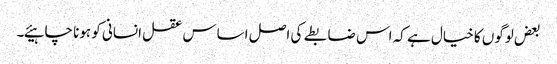
بعض لوگوں کا خیال ہے کہ اس ضابطے کی اصل اساس عقل انسانی کو ہونا چاہیئے۔